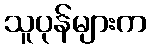
သူပုန်များက